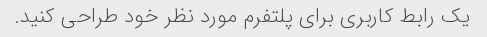
یک رابط کاربری برای پلتفرم مورد نظر خود طراحی کنید.